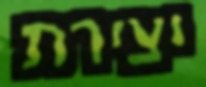
יצירת